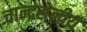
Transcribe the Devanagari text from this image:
चान्द्रसेनीय